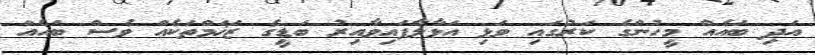
އަދި ބައެއް މީހުންގެ ކަރުގައި ވަޅި އަޅާލާފައިވާއިރު ބަޑީގެ ޒަޚަމްތަކެއް ވެސް ބައެއް